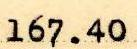
167.40